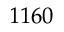
1 1 6 0